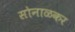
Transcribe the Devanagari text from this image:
सोनाळकर